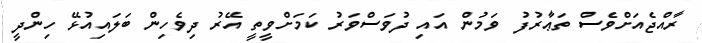
ރާއްޖެއަށްވެސް ތަޢާރުފު ވަމުން އައި ދުވަސްވަރު ކަމަށްވީތީ އޭރު ދިވެހިން ބަލައިއުޅޭ ހިންދީ